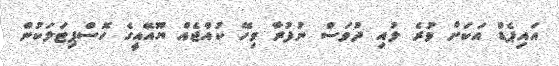
އައިޕެޑް އަކަށް ވުރެ ލުއި ދުވަސް ނުފުރާ ވިހޭ ކުއްޖެއް ޔޫއޭއީގެ ހޮސްޕިޓަލަކުން